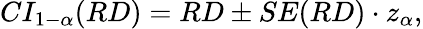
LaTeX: CI_{1-\alpha}(RD)=RD\pm SE(RD)\cdot z_{\alpha},